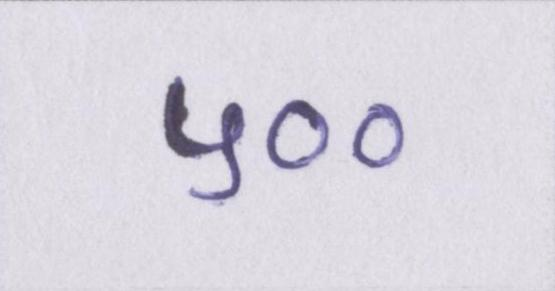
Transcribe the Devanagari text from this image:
५००